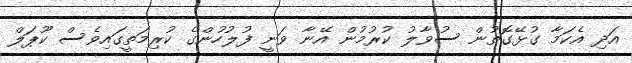
އަދި އެކަމާ ގުޅޭގޮތުން ސުވާލު ކުރުމުން އޭނާ ވަނީ ފުލުހުންގެ ކުރިމަތީގައިވެސް ކޫޕަލް